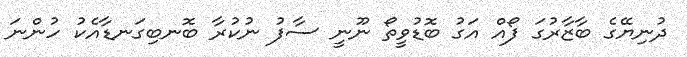
ދުނިޔޭގެ ބާޒާރުގަ ފޯއް އަގު ބޮޑުވީތޯ ނޫނީ ސާފު ނުކުރާ ބޮނބިގަނޑާއެކު ހުންނަ